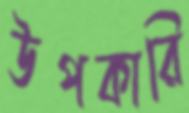
উপকারি